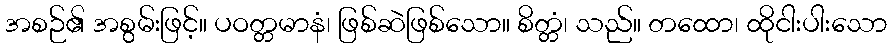
အစဉ်၏ အစွမ်းဖြင့်။ ပဝတ္တမာနံ၊ ဖြစ်ဆဲဖြစ်သော။ စိတ္တံ၊ သည်။ တထော၊ ထိုငါးပါးသော